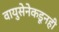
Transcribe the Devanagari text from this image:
वायुसेनेकडूनही